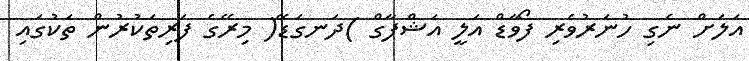
އަލަށް ނެގި ހުނަރުވެރި ފޯވާޑް އަލީ އަޝްފާގް )ދަނގަޑޭ( މިރޭގެ ފަރިތަކުރުން ތަކުގައި